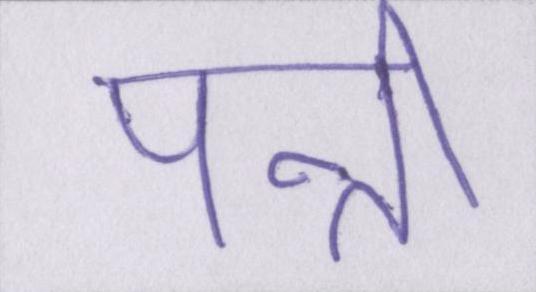
पत्नी